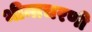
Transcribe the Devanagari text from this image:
भीमाचरणी